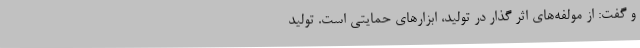
و گفت: از مولفه‌های اثر گذار در تولید، ابزارهای حمایتی است. تولید